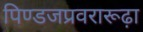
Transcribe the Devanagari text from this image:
पिण्डजप्रवरारूढ़ा